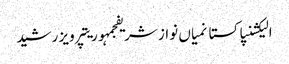
الیکشنپاکستانمیاں نواز شریفجمہوریتپرویز رشید